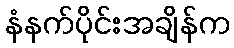
နံနက်ပိုင်းအချိန်က